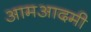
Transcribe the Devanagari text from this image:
आमआदमी